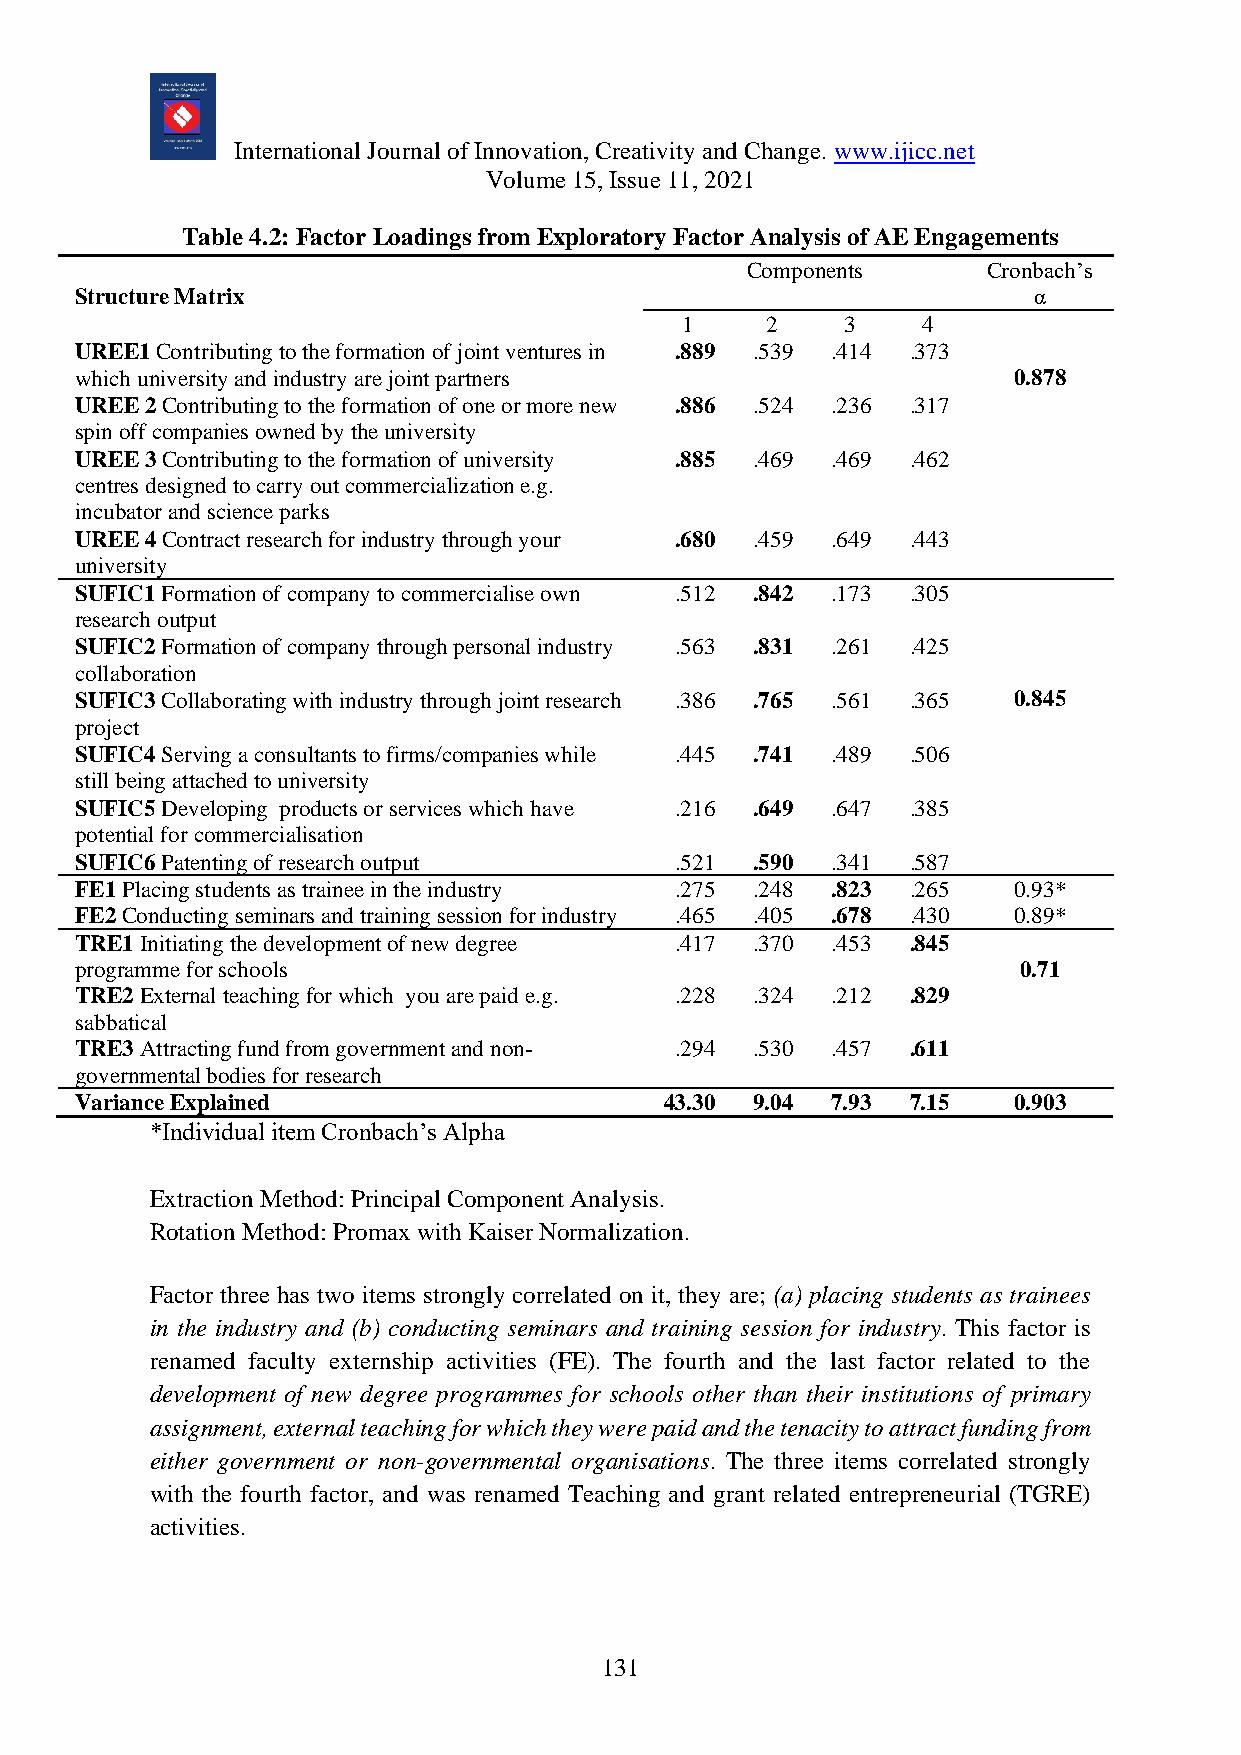
International Journal of Innovation, Creativity and Change. www.ijicc.net
 Volume 15, Issue 11, 2021
 Table 4.2: Factor Loadings from Exploratory Factor Analysis of AE Engagements
 Components      Cronbach’s
 Structure Matrix                                               α
 1     2    3    4
 UREE1 Contributing to the formation of joint ventures in .889 .539 .414 .373
 which university and industry are joint partners              0.878
 UREE 2 Contributing to the formation of one or more new .886 .524 .236 .317
 spin off companies owned by the university
 UREE 3 Contributing to the formation of university .885 .469 .469 .462
 centres designed to carry out commercialization e.g.
 incubator and science parks
 UREE 4 Contract research for industry through your .680 .459 .649 .443
 university
 SUFIC1 Formation of company to commercialise own .512 .842 .173 .305
 research output
 SUFIC2 Formation of company through personal industry .563 .831 .261 .425
 collaboration
 SUFIC3 Collaborating with industry through joint research .386 .765 .561 .365 0.845
 project
 SUFIC4 Serving a consultants to firms/companies while .445 .741 .489 .506
 still being attached to university
 SUFIC5 Developing products or services which have .216 .649 .647 .385
 potential for commercialisation
 SUFIC6 Patenting of research output     .521 .590 .341 .587
 FE1 Placing students as trainee in the industry .275 .248 .823 .265 0.93*
 FE2 Conducting seminars and training session for industry .465 .405 .678 .430 0.89*
 TRE1 Initiating the development of new degree .417 .370 .453 .845
 programme for schools                                         0.71
 TRE2 External teaching for which you are paid e.g. .228 .324 .212 .829
 sabbatical
 TRE3 Attracting fund from government and non- .294 .530 .457 .611
 governmental bodies for research
 Variance Explained                     43.30 9.04 7.93 7.15   0.903
 *Individual item Cronbach’s Alpha
 Extraction Method: Principal Component Analysis.
 Rotation Method: Promax with Kaiser Normalization.
 Factor three has two items strongly correlated on it, they are; (a) placing students as trainees
 in the industry and (b) conducting seminars and training session for industry. This factor is
 renamed faculty externship activities (FE). The fourth and the last factor related to the
 development of new degree programmes for schools other than their institutions of primary
 assignment, external teaching for which they were paid and the tenacity to attract funding from
 either government or non-governmental organisations. The three items correlated strongly
 with the fourth factor, and was renamed Teaching and grant related entrepreneurial (TGRE)
 activities.
 131